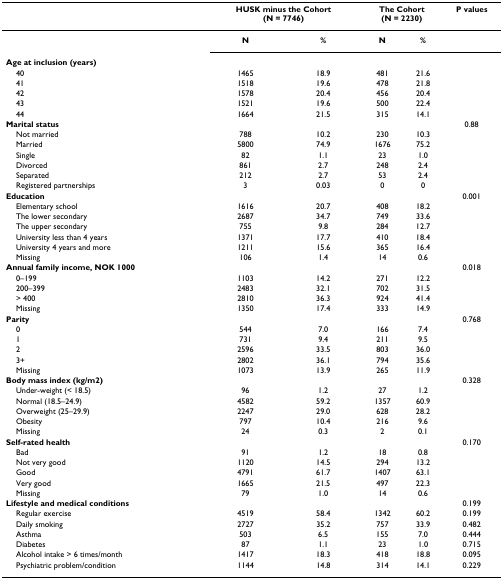
<table><thead><tr><td></td><td colspan="2"><b>HUSK minus the Cohort (N = 7746)</b></td><td colspan="2"><b>The Cohort (N = 2230)</b></td><td><b>P values</b></td></tr></thead><tbody><tr><td></td><td><b>N</b></td><td><b>%</b></td><td><b>N</b></td><td><b>%</b></td><td></td></tr><tr><td><b>Age at inclusion (years)</b></td><td></td><td></td><td></td><td></td><td></td></tr><tr><td> 40</td><td>1465</td><td>18.9</td><td>481</td><td>21.6</td><td></td></tr><tr><td> 41</td><td>1518</td><td>19.6</td><td>478</td><td>21.8</td><td></td></tr><tr><td> 42</td><td>1578</td><td>20.4</td><td>456</td><td>20.4</td><td></td></tr><tr><td> 43</td><td>1521</td><td>19.6</td><td>500</td><td>22.4</td><td></td></tr><tr><td> 44</td><td>1664</td><td>21.5</td><td>315</td><td>14.1</td><td></td></tr><tr><td><b>Marital status</b></td><td></td><td></td><td></td><td></td><td>0.88</td></tr><tr><td> Not married</td><td>788</td><td>10.2</td><td>230</td><td>10.3</td><td></td></tr><tr><td> Married</td><td>5800</td><td>74.9</td><td>1676</td><td>75.2</td><td></td></tr><tr><td> Single</td><td>82</td><td>1.1</td><td>23</td><td>1.0</td><td></td></tr><tr><td> Divorced</td><td>861</td><td>2.7</td><td>248</td><td>2.4</td><td></td></tr><tr><td> Separated</td><td>212</td><td>2.7</td><td>53</td><td>2.4</td><td></td></tr><tr><td> Registered partnerships</td><td>3</td><td>0.03</td><td>0</td><td>0</td><td></td></tr><tr><td><b>Education</b></td><td></td><td></td><td></td><td></td><td>0.001</td></tr><tr><td> Elementary school</td><td>1616</td><td>20.7</td><td>408</td><td>18.2</td><td></td></tr><tr><td> The lower secondary</td><td>2687</td><td>34.7</td><td>749</td><td>33.6</td><td></td></tr><tr><td> The upper secondary</td><td>755</td><td>9.8</td><td>284</td><td>12.7</td><td></td></tr><tr><td> University less than 4 years</td><td>1371</td><td>17.7</td><td>410</td><td>18.4</td><td></td></tr><tr><td> University 4 years and more</td><td>1211</td><td>15.6</td><td>365</td><td>16.4</td><td></td></tr><tr><td> Missing</td><td>106</td><td>1.4</td><td>14</td><td>0.6</td><td></td></tr><tr><td><b>Annual family income, NOK 1000</b></td><td></td><td></td><td></td><td></td><td>0.018</td></tr><tr><td> 0–199</td><td>1103</td><td>14.2</td><td>271</td><td>12.2</td><td></td></tr><tr><td> 200–399</td><td>2483</td><td>32.1</td><td>702</td><td>31.5</td><td></td></tr><tr><td> &gt; 400</td><td>2810</td><td>36.3</td><td>924</td><td>41.4</td><td></td></tr><tr><td> Missing</td><td>1350</td><td>17.4</td><td>333</td><td>14.9</td><td></td></tr><tr><td><b>Parity</b></td><td></td><td></td><td></td><td></td><td>0.768</td></tr><tr><td> 0</td><td>544</td><td>7.0</td><td>166</td><td>7.4</td><td></td></tr><tr><td> 1</td><td>731</td><td>9.4</td><td>211</td><td>9.5</td><td></td></tr><tr><td> 2</td><td>2596</td><td>33.5</td><td>803</td><td>36.0</td><td></td></tr><tr><td> 3+</td><td>2802</td><td>36.1</td><td>794</td><td>35.6</td><td></td></tr><tr><td> Missing</td><td>1073</td><td>13.9</td><td>265</td><td>11.9</td><td></td></tr><tr><td><b>Body mass index (kg/m2)</b></td><td></td><td></td><td></td><td></td><td>0.328</td></tr><tr><td> Under-weight (&lt; 18.5)</td><td>96</td><td>1.2</td><td>27</td><td>1.2</td><td></td></tr><tr><td> Normal (18.5–24.9)</td><td>4582</td><td>59.2</td><td>1357</td><td>60.9</td><td></td></tr><tr><td> Overweight (25–29.9)</td><td>2247</td><td>29.0</td><td>628</td><td>28.2</td><td></td></tr><tr><td> Obesity</td><td>797</td><td>10.4</td><td>216</td><td>9.6</td><td></td></tr><tr><td> Missing</td><td>24</td><td>0.3</td><td>2</td><td>0.1</td><td></td></tr><tr><td><b>Self-rated health</b></td><td></td><td></td><td></td><td></td><td>0.170</td></tr><tr><td> Bad</td><td>91</td><td>1.2</td><td>18</td><td>0.8</td><td></td></tr><tr><td> Not very good</td><td>1120</td><td>14.5</td><td>294</td><td>13.2</td><td></td></tr><tr><td> Good</td><td>4791</td><td>61.7</td><td>1407</td><td>63.1</td><td></td></tr><tr><td> Very good</td><td>1665</td><td>21.5</td><td>497</td><td>22.3</td><td></td></tr><tr><td> Missing</td><td>79</td><td>1.0</td><td>14</td><td>0.6</td><td></td></tr><tr><td><b>Lifestyle and medical conditions</b></td><td></td><td></td><td></td><td></td><td>0.199</td></tr><tr><td> Regular exercise</td><td>4519</td><td>58.4</td><td>1342</td><td>60.2</td><td>0.199</td></tr><tr><td> Daily smoking</td><td>2727</td><td>35.2</td><td>757</td><td>33.9</td><td>0.482</td></tr><tr><td> Asthma</td><td>503</td><td>6.5</td><td>155</td><td>7.0</td><td>0.444</td></tr><tr><td> Diabetes</td><td>87</td><td>1.1</td><td>23</td><td>1.0</td><td>0.715</td></tr><tr><td> Alcohol intake &gt; 6 times/month</td><td>1417</td><td>18.3</td><td>418</td><td>18.8</td><td>0.095</td></tr><tr><td> Psychiatric problem/condition</td><td>1144</td><td>14.8</td><td>314</td><td>14.1</td><td>0.229</td></tr></tbody></table>